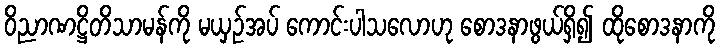
ဝိညာဏဋ္ဌိတိသာမန်ကို မယှဉ်အပ် ကောင်းပါသလောဟု စောဒနာဖွယ်ရှိ၍ ထိုစောဒနာကို